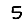
Digit: 5